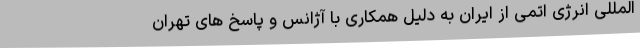
المللی انرژی اتمی از ایران به دلیل همکاری با آژانس و پاسخ های تهران